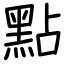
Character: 點